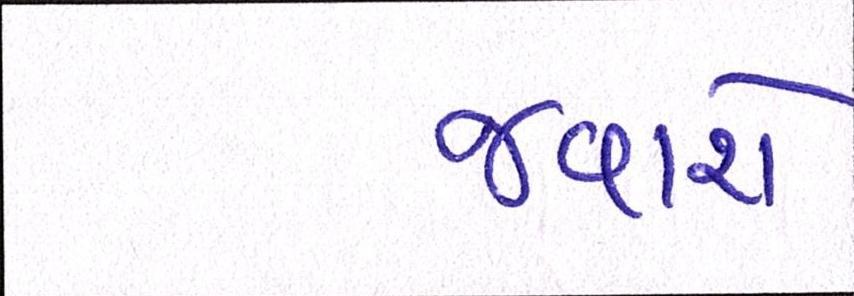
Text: જવાશે